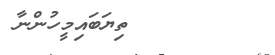
ތިޔަބައިމީހުންނާ